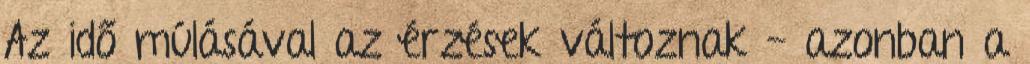
Az idő múlásával az érzések változnak - azonban a